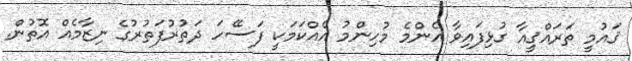
ޤައުމީ ތަރައްޤީއާ ގުޅިފައިވާ އެންމެ މުހިންމު އެއްކަމަކީ ފަސޭހަ ދަތުރުފަތުރުގެ ނިޒާމެއް އޮތުން.